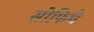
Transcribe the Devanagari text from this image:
सोफिचे